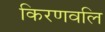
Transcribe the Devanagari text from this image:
किरणवलि